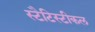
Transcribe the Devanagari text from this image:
स्टैटिस्टीकल